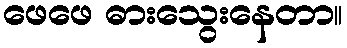
ဖေဖေ ဓားသွေးနေတာ။